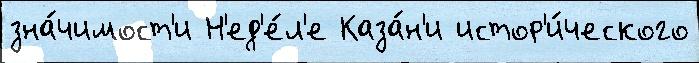
зна́чимост'и Н'ед'е́л'е Каза́н'и истор'и́ческого